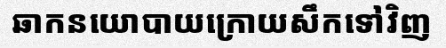
ឆាកនយោបាយក្រោយសឹកទៅវិញ